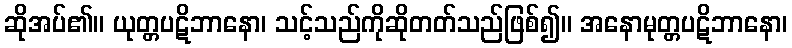
ဆိုအပ်၏။ ယုတ္တပဋိဘာနော၊ သင့်သည်ကိုဆိုတတ်သည်ဖြစ်၍။ အနောမုတ္တပဋိဘာနော၊